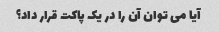
آیا می توان آن را در یک پاکت قرار داد؟